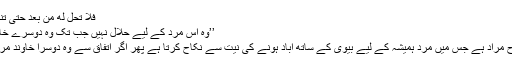
فَلَا تَحِلُّ لَهُ مِن بَعْدُ حَتَّىٰ تَنكِحَ زَوْجًا غَيْرَهُ (البقرہ 2)
’’وہ اس مرد کے لیے حلال نہیں جب تک وہ دوسرے خاوند سے نکاح نہ کرے‘‘
نکاح سے وہ شرعی نکاح مراد ہے جس میں مرد ہمیشہ کے لیے بیوی کے ساتھ آباد ہونے کی نیت سے نکاح کرتا ہے پھر اگر اتفاق سے وہ دوسرا خاوند مر جائے یا طلاق دے دے۔